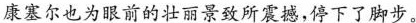
\underline{康塞尔也为眼前的壮丽景致所震撼，停下了脚步。}